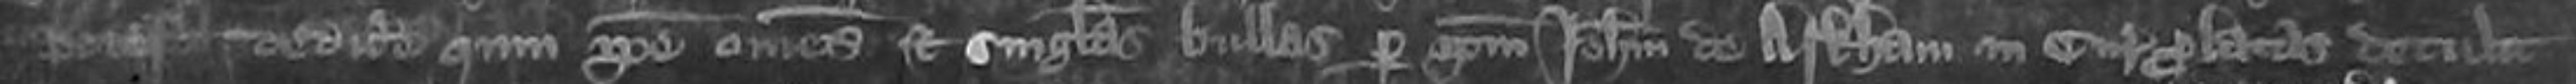
potest deditere quim ipse omnes et singulas bullas per ipsum Johannem de Arkham in curia prolatas detulit